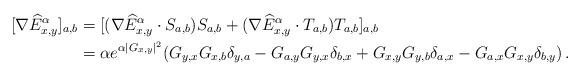
LaTeX: \begin{align*}[\nabla \widehat E^\alpha_{x,y} ]_{a,b} & = [(\nabla \widehat E^\alpha_{x,y} \cdot S_{a,b}) S_{a,b} + (\nabla \widehat E^\alpha_{x,y} \cdot T_{a,b}) T_{a,b} ]_{a,b}\\&= \alpha e^{\alpha |G_{x,y}|^2} (G_{y,x}G_{x,b}\delta_{y,a} - G_{a,y}G_{y,x}\delta_{b,x} +G_{x,y}G_{y,b}\delta_{a,x}-G_{a,x} G_{x,y} \delta_{b,y}) \, .\end{align*}